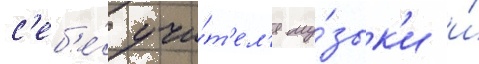
с'еб'е́ учи́т'ел'я му́зык'и и́